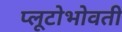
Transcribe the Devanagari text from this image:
प्लूटोभोवती